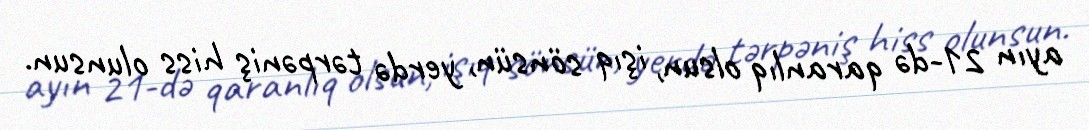
ayın 21-də qaranlıq olsun, işıq sönsün, yerdə tərpəniş hiss olunsun.